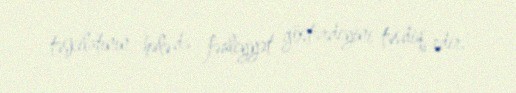
təşkilatının hələ də fəaliyyət göstərdiyini təsdiq edir.